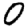
Digit: 0